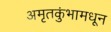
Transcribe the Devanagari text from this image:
अमृतकुंभामधून